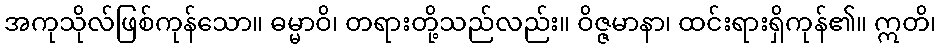
အကုသိုလ်ဖြစ်ကုန်သော။ ဓမ္မာဝိ၊ တရားတို့သည်လည်း။ ဝိဇ္ဇမာနာ၊ ထင်းရားရှိကုန်၏။ ဣတိ၊